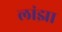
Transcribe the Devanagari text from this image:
लांझा